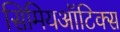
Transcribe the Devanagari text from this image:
सिमियऑटिक्स